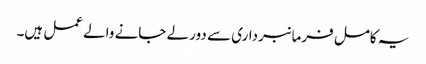
یہ کامل فرمانبرداری سے دور لے جانے والے عمل ہیں۔